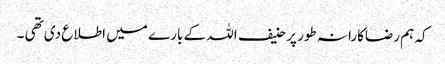
کہ ہم رضاکارانہ طور پر حنیف اللہ کے بارے میں اطلاع دی تھی ۔